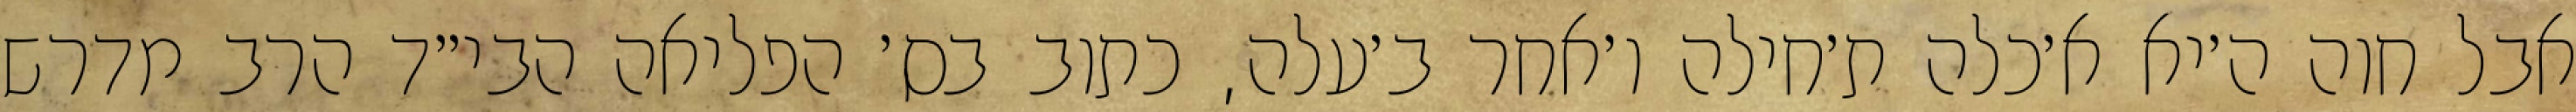
אבל חוה ה׳יא א׳כלה ת׳חילה ו׳אחר ב׳עלה, כתוב בס׳ הפליאה הבי״ד הרב מדרש